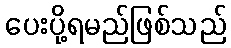
ပေးပို့ရမည်ဖြစ်သည်